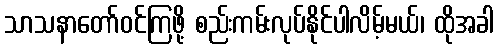
သာသနာတော်ဝင်ကြဖို့ စည်းကမ်းလုပ်နိုင်ပါလိမ့်မယ်၊ ထိုအခါ